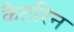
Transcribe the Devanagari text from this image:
कैटरिन